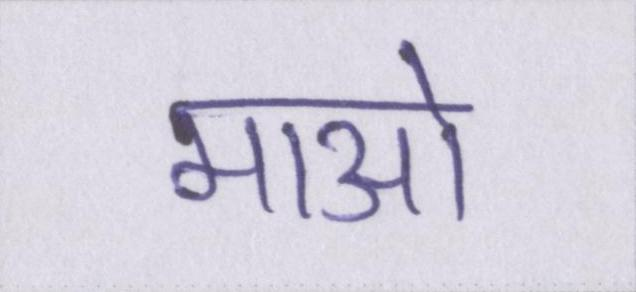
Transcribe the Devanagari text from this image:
माओ